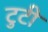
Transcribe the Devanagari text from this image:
टुटी